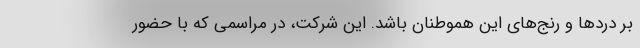
بر دردها و رنج‌های این هموطنان باشد. این شرکت، در مراسمی که با حضور